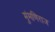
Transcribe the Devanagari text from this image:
मुंमणिराज